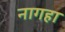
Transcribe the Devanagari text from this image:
नागहा